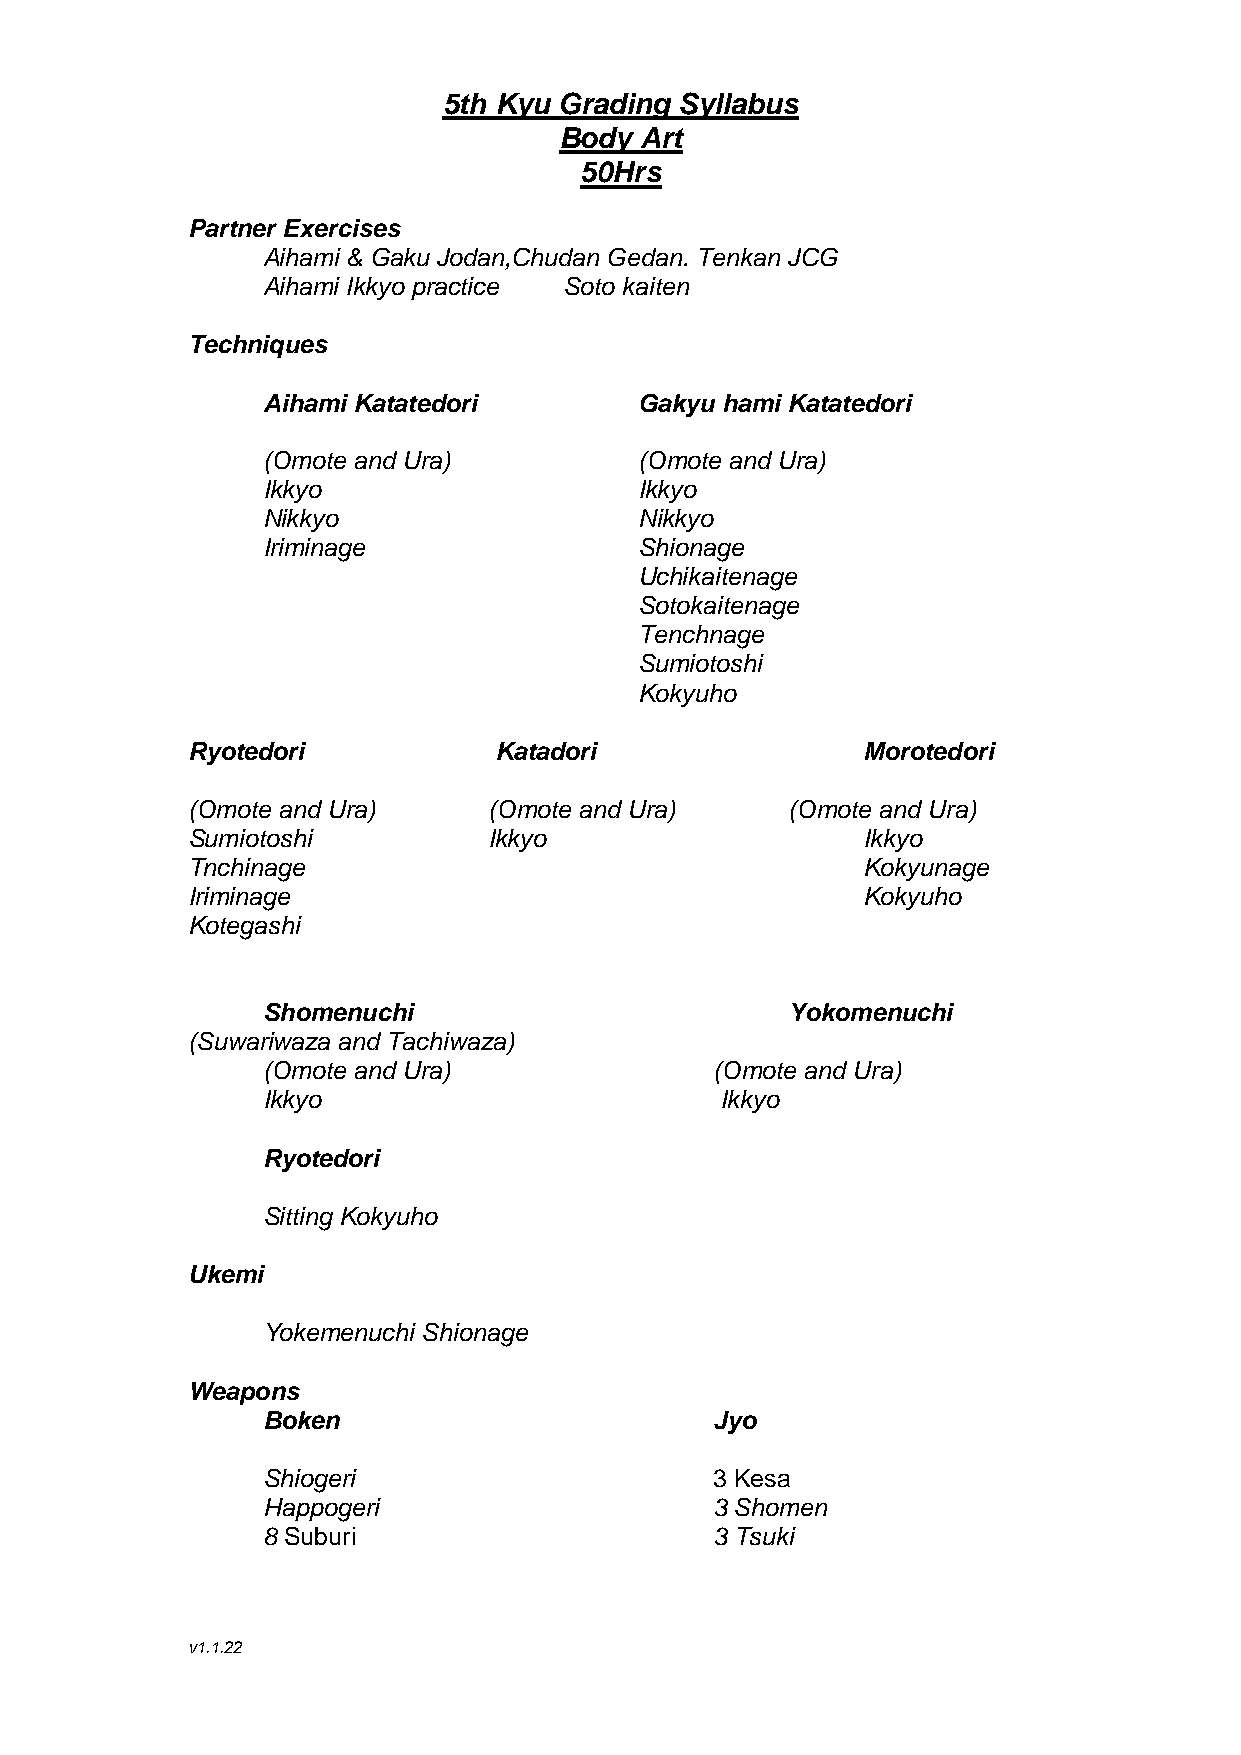
5th Kyu Grading Syllabus
 Body Art
 50Hrs
 Partner Exercises
 Aihami & Gaku Jodan,Chudan Gedan. Tenkan JCG
 Aihami Ikkyo practice Soto kaiten
 Techniques
 Aihami Katatedori        Gakyu hami Katatedori
 (Omote and Ura)          (Omote and Ura)
 Ikkyo                    Ikkyo
 Nikkyo                   Nikkyo
 Iriminage                Shionage
 Uchikaitenage
 Sotokaitenage
 Tenchnage
 Sumiotoshi
 Kokyuho
 Ryotedori            Katadori                Morotedori
 (Omote and Ura)     (Omote and Ura)     (Omote and Ura)
 Sumiotoshi          Ikkyo                    Ikkyo
 Tnchinage                                    Kokyunage
 Iriminage                                    Kokyuho
 Kotegashi
 Shomenuchi                         Yokomenuchi
 (Suwariwaza and Tachiwaza)
 (Omote and Ura)               (Omote and Ura)
 Ikkyo                          Ikkyo
 Ryotedori
 Sitting Kokyuho
 Ukemi
 Yokemenuchi Shionage
 Weapons
 Boken                         Jyo
 Shiogeri                      3 Kesa
 Happogeri                     3 Shomen
 8 Suburi                      3 Tsuki
 v1.1.22